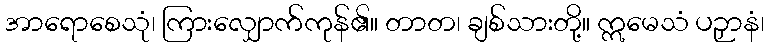
အာရောစေသုံ၊ ကြားလျှောက်ကုန်၏။ တာတ၊ ချစ်သားတို့။ ဣမေသံ ပဉှာနံ၊